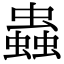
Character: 蟲